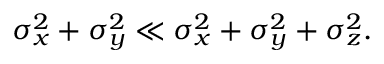
\sigma _ { x } ^ { 2 } + \sigma _ { y } ^ { 2 } \ll \sigma _ { x } ^ { 2 } + \sigma _ { y } ^ { 2 } + \sigma _ { z } ^ { 2 } .